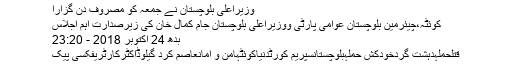
وزیراعلیٰ بلوچستان نے جمعہ کو مصروف دن گزارا
کوئٹہ،چیئرمین بلوچستان عوامی پارٹی ووزیراعلیٰ بلوچستان جام کمال خان کی زیرصدارت اہم اجلاس
بدھ 24 اکتوبر 2018 - 23:20
قتلحملہدہشت گردخودکش حملہبلوچستانسپریم کورٹدنیاکوئٹہامن و امانعاصم کرد گیلوڈاکٹرکارٹریفکسی پیک